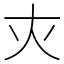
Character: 𡗜